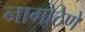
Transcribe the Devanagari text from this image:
नागोठेणे